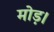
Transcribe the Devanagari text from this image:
मोड़।